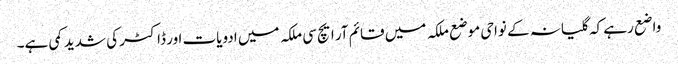
واضع رہے کہ گلیانہ کے نواحی موضع ملکہ میں قائم آر ایچ سی ملکہ میں ادویات اور ڈاکٹر کی شدید کمی ہے۔